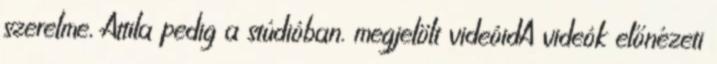
szerelme, Attila pedig a stúdióban. megjelölt videóidA videók előnézeti